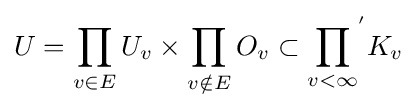
U=\prod _{v\in E}U_{v}\times \prod _{v\notin E}O_{v}\subset {\prod _{v<\infty }}^{'}K_{v}